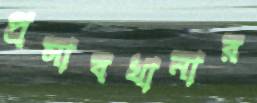
প্রসাবখানার